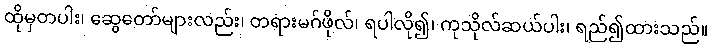
ထိုမှတပါး၊ ဆွေတော်များလည်း၊ တရားမဂ်ဖိုလ်၊ ရပါလို၍၊ ကုသိုလ်ဆယ်ပါး၊ ရည်၍ထားသည်။